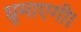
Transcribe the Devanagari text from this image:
घुमाएगी।